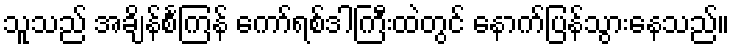
သူသည် အချိန်စင်္ကြန် ကော်ရစ်ဒါကြီးထဲတွင် နောက်ပြန်သွားနေသည်။